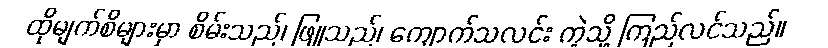
ထိုမျက်စိများမှာ စိမ်းသည်၊ ဖြူသည်၊ ကျောက်သလင်း ကဲ့သို့ ကြည်လင်သည်။